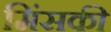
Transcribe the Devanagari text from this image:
मिंसकी